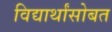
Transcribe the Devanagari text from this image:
विद्यार्थांसोबत